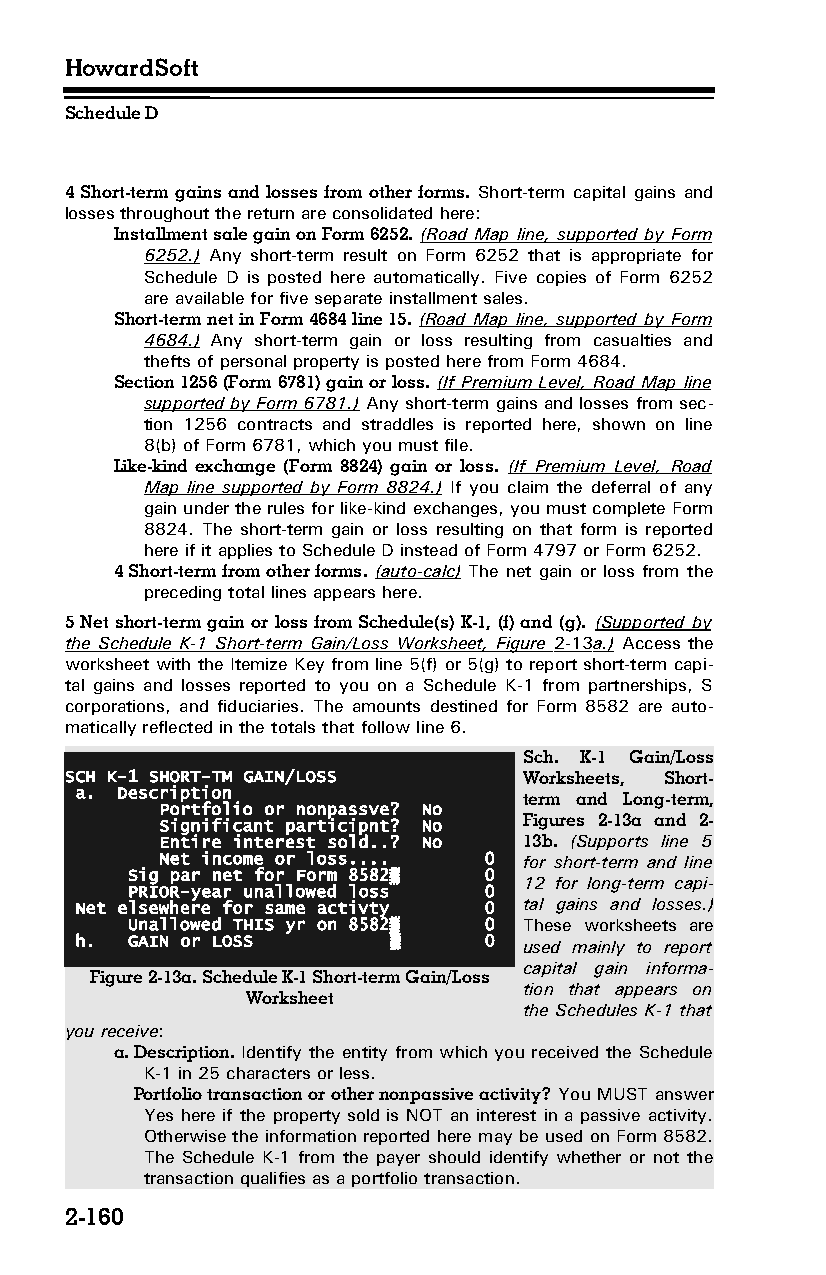
HowardSoft
 Schedule D
 4 Short-term gains and losses from other forms. Short-term capital gains and
 losses throughout the return are consolidated here:
 Installment sale gain on Form 6252. (Road Map line, supported by Form
 6252.) Any short-term result on Form 6252 that is appropriate for
 Schedule D is posted here automatically. Five copies of Form 6252
 are available for five separate installment sales.
 Short-term net in Form 4684 line 15. (Road Map line, supported by Form
 4684.) Any short-term gain or loss resulting from casualties and
 thefts of personal property is posted here from Form 4684.
 Section 1256 (Form 6781) gain or loss. (If Premium Level, Road Map line
 supported by Form 6781.) Any short-term gains and losses from sec­
 tion 1256 contracts and straddles is reported here, shown on line
 8(b) of Form 6781, which you must file.
 Like-kind exchange (Form 8824) gain or loss. (If Premium Level, Road
 Map line supported by Form 8824.) If you claim the deferral of any
 gain under the rules for like-kind exchanges, you must complete Form
 8824. The short-term gain or loss resulting on that form is reported
 here if it applies to Schedule D instead of Form 4797 or Form 6252.
 4 Short-term from other forms. (auto-calc) The net gain or loss from the
 preceding total lines appears here.
 5 Net short-term gain or loss from Schedule(s) K-1, (f) and (g). (Supported by
 the Schedule K-1 Short-term Gain/Loss Worksheet, Figure 2-13 a.) Access the
 worksheet with the Itemize Key from line 5(f) or 5(g) to report short-term capi­
 tal gains and losses reported to you on a Schedule K-1 from partnerships, S
 corporations, and fiduciaries. The amounts destined for Form 8582 are auto­
 matically reflected in the totals that follow line 6.
 Sch. K-1 Gain/Loss
 SCH K-1 SHORT-TM GAIN/LOSS     Worksheets, Short-
 a. Description
 term and Long-term,
 Portfolio or nonpassve? No
 Significant participnt? No Figures 2-13a and 2-
 Entire interest sold..? No 13b. (Supports line 5
 Net income or loss.... 0 for short-term and line
 Sig par net for Form 8582▒ 0
 12 for long-term capi­
 PRIOR-year unallowed loss 0
 Net elsewhere for same activty 0 tal gains and losses.)
 Unallowed THIS yr on 8582▒ 0 These worksheets are
 h. GAIN or LOSS      ▒     0  used mainly to report
 capital gain informa­
 Figure 2-13a. Schedule K-1 Short-term Gain/Loss
 tion that appears on
 Worksheet
 the Schedules K-1 that
 you receive:
 a. Description. Identify the entity from which you received the Schedule
 K-1 in 25 characters or less.
 Portfolio transaction or other nonpassive activity? You MUST answer
 Yes here if the property sold is NOT an interest in a passive activity.
 Otherwise the information reported here may be used on Form 8582.
 The Schedule K-1 from the payer should identify whether or not the
 transaction qualifies as a portfolio transaction.
 2-160